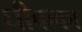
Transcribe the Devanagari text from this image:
घीकका